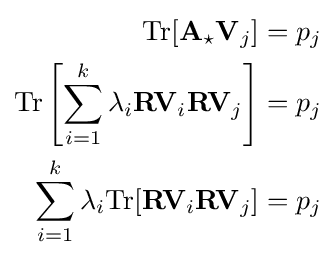
{\begin{aligned}\mathrm {Tr} [\mathbf {A} _{\star }\mathbf {V} _{j}]&=p_{j}\\\mathrm {Tr} \left[\sum _{i=1}^{k}\lambda _{i}\mathbf {R} \mathbf {V} _{i}\mathbf {R} \mathbf {V} _{j}\right]&=p_{j}\\\sum _{i=1}^{k}\lambda _{i}\mathrm {Tr} [\mathbf {R} \mathbf {V} _{i}\mathbf {R} \mathbf {V} _{j}]&=p_{j}\end{aligned}}